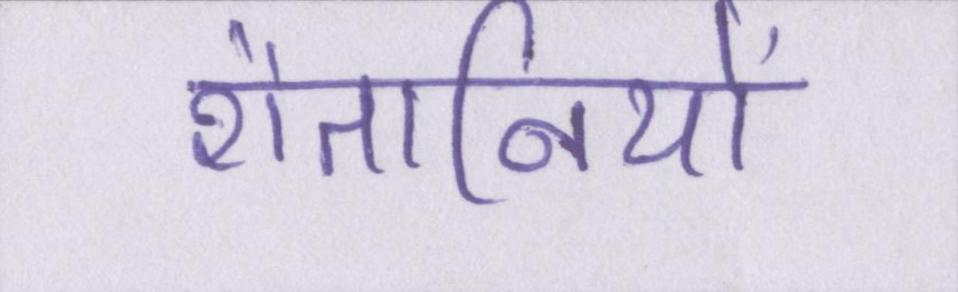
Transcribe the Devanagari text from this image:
शैतानियों